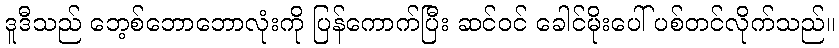
ဒူဒီသည် ဘေ့စ်ဘောဘောလုံးကို ပြန်ကောက်ပြီး ဆင်ဝင် ခေါင်မိုးပေါ် ပစ်တင်လိုက်သည်။